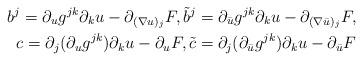
LaTeX: \begin{align*} b^j = \partial_u g^{jk} \partial_k u - \partial_{(\nabla u)_j} F, {\tilde b}^j = \partial_{\bar u} g^{jk} \partial_k u - \partial_{(\nabla \bar u)_j} F,\\c =\partial_j (\partial_u g^{jk}) \partial_k u- \partial_{ u} F , {\tilde c} = \partial_j (\partial_{\bar u} g^{jk}) \partial_k u - \partial_{ \bar u} F\end{align*}